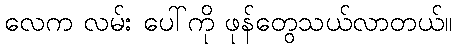
လေက လမ်း ပေါ်ကို ဖုန်တွေသယ်လာတယ်။